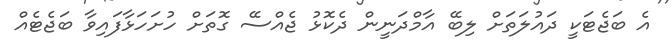
އެ ބަޖެޓަކީ ދައުލަތަށް ލިބޭ އާމްދަނީން ދެކޮޅު ޖެއްސޭ ގޮތަށް ހުށަހަޅާފައިވާ ބަޖެޓެއް